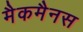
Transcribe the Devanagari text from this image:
मैकमैनस